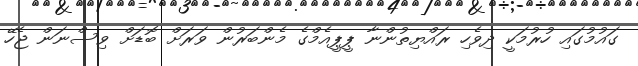
ގައުމުގައި ހުރުމަކީ ދިވެހި ރައްޔިތުންނާ ޕީޕީއެމްގެ މެންބަރުން ވަރަށް ބޮޑަށް ވިސްނަން ޖެހޭ